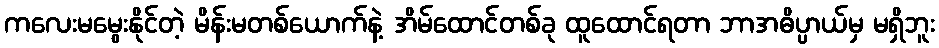
ကလေးမမွေးနိုင်တဲ့ မိန်းမတစ်ယောက်နဲ့ အိမ်ထောင်တစ်ခု ထူထောင်ရတာ ဘာအဓိပ္ပာယ်မှ မရှိဘူး